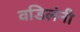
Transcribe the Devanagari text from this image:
वडिलंनी